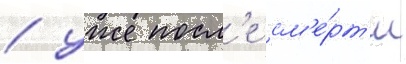
/ уже посл'е см'е́рт'и